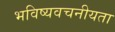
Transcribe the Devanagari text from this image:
भविष्‍यवचनीयता